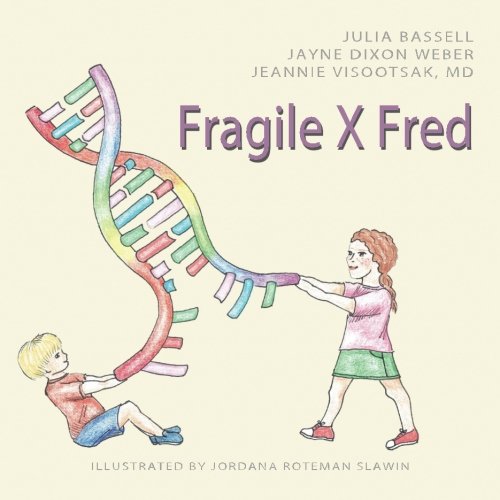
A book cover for Fragile X Fred; Julia Bassell; Health, Fitness & Dieting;